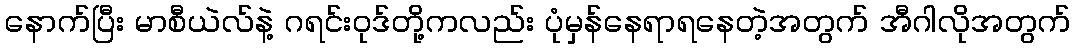
နောက်ပြီး မာစီယဲလ်နဲ့ ဂရင်းဝုဒ်တို့ကလည်း ပုံမှန်နေရာရနေတဲ့အတွက် အီဂါလိုအတွက်